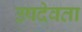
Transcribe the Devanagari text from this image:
उपदेवता